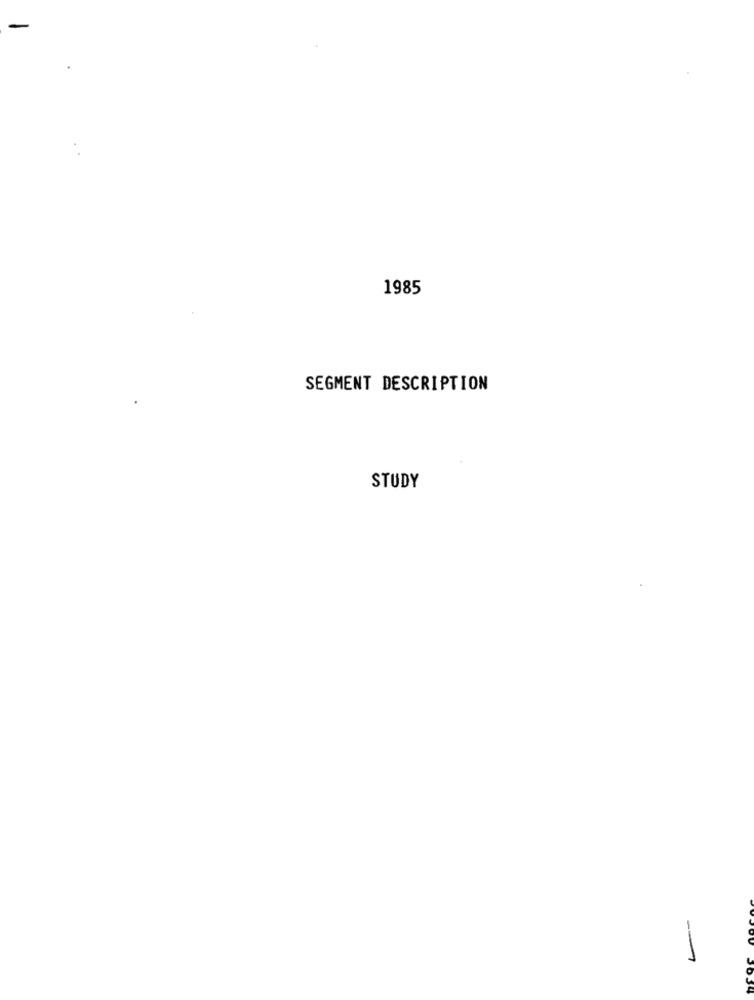
1985
SEGMENT DESCRIPTION
STUDY
--